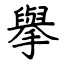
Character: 擧